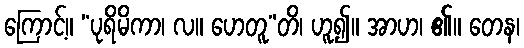
ကြောင့်။ “ပုရိမိကာ၊ လ။ ဟေတူ”တိ၊ ဟူ၍။ အာဟ၊ ၏။ တေန၊